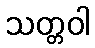
သတ္တဝါ